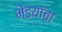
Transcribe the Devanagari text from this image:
भेंड्यांचा